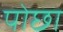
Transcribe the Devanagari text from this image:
पोछा